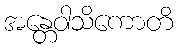
အန္တေဝါသိကောတိ